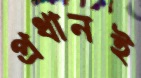
প্রধানই